Scottish Certificate of Education, 1962
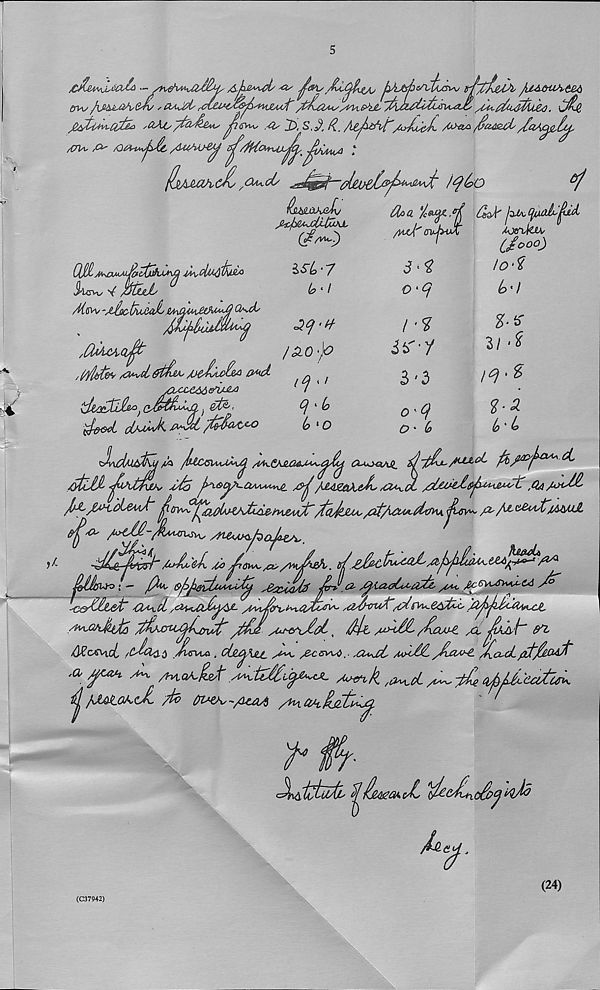
scnA* fo'" /O
od
J-ax,
/fcb&Us/rvitrtx,
^ .-^ 2>! sj. /?. AeM^taJm^L a^
%c
7
A
(llAmhtfisO^d;
/utAouAteA
C$4
*/
(Lw^mLj
($**$)
iSt>-7
& * /
^■H
,(Av,<ljft
/S.O‘}0
,(yl^ ^cl&t£M,AJtJjii£ea 0«d
q ^
jOaceddcftM^
1 / ’
j
' (o
t>‘D
cv-bvX
m^cAc^,
Attics ~jdscl/UAl^d ll^^AA^j£lpd^A O^Ay
3^
O'Cj
I'V
i^*y
3'3
O'tf
O * (o
AjcnMjU’
(Jooo)
IO‘$
lo'l
%■*
3/ ‘t
/<?'£
I-CL
to * L
,1a /luceiMM^ /vk.e/dw&M^qJAj o^yaAJi
fe > ju£yp a/ '« 6L
atllJAxL Ac f™y- aAA*^t ^/JAg&Ach Au^d /AxAdt^jl^ij^C ^/SU^
J&ygAt&L&wt' ^.(jy^ J £i$^jdAd£,i^iAjfc~/toJzJlUs
/2s/AC&^JMUJL
($&' /*>td£' m /^autusv^
‘ aJa^L A)^6^^/vdbh.
r ^
s&xAU0 &* ■
A^i&do'odl you,
^
$X^clyrC^uAt^^A
,tdihruA~
/^A/tJfaJjQ
yd^u sGt-exJ^ot ^ . . - .
,
_ , r t
/dZcxcxct /Csbobb ./VCn^a . (Am^Xill
A c(5VV^• ■ Auud JaH^, yJvzv^L J^cuL/zf/ioAfr
.a, /fMH
A^k ,a^ci A^Ae ^/A'ecttuw
$/MA.oa.cA A 01«A,-/UA4 /^a^lUhc^
' '
f 4
t^Jd
(C37942)
(24)